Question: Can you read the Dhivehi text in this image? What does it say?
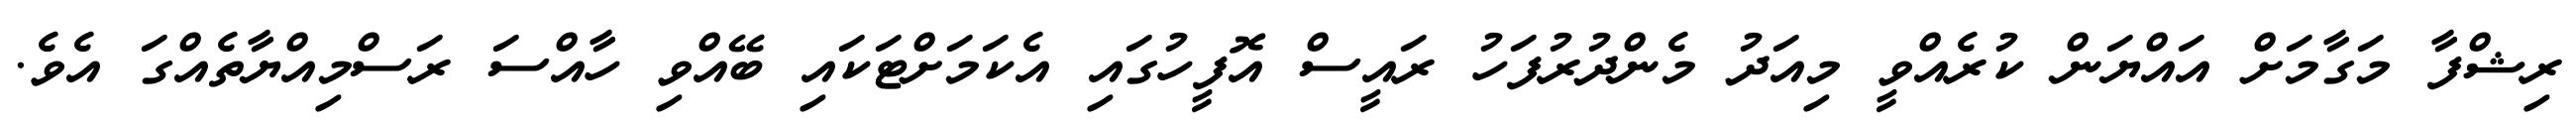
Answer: ރިޝްފާ މަގާމަށް އައްޔަން ކުރެއްވީ މިއަދު މެންދުރުފަހު ރައީސް އޮފީހުގައި އެކަމަށްޓަކައި ބޭއްވި ހާއްސަ ރަސްމިއްޔާތެއްގަ އެވެ.